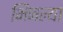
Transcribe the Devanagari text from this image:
भिजल्या